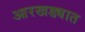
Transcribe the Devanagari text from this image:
आरखड्यात